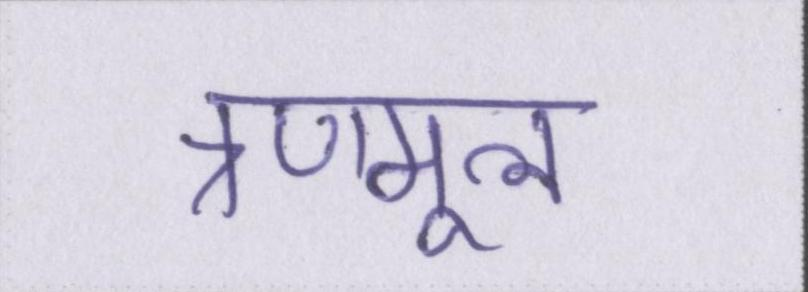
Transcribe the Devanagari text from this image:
त्रणमूल